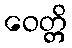
ဝေတ္တိ